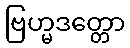
ဗြဟ္မဒတ္တော